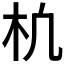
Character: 𣏆